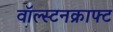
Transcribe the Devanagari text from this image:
वॉल्स्टनक्राफ्ट